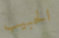
الحبيب